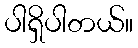
ပါရှိပါတယ်။